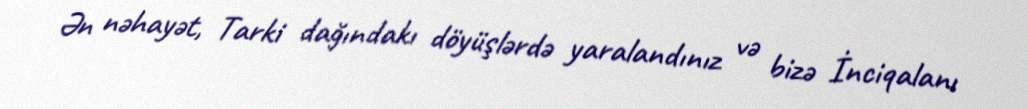
Ən nəhayət, Tarki dağındakı döyüşlərdə yaralandınız və bizə İnciqalanı